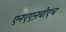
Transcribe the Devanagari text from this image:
एनएएऩबीएच